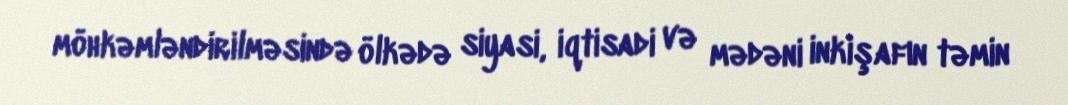
möhkəmləndirilməsində ölkədə siyasi, iqtisadi və mədəni inkişafın təmin